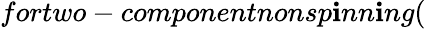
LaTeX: fortwo-componentnonsp\mathbf{i}nn\mathbf{i}ng(